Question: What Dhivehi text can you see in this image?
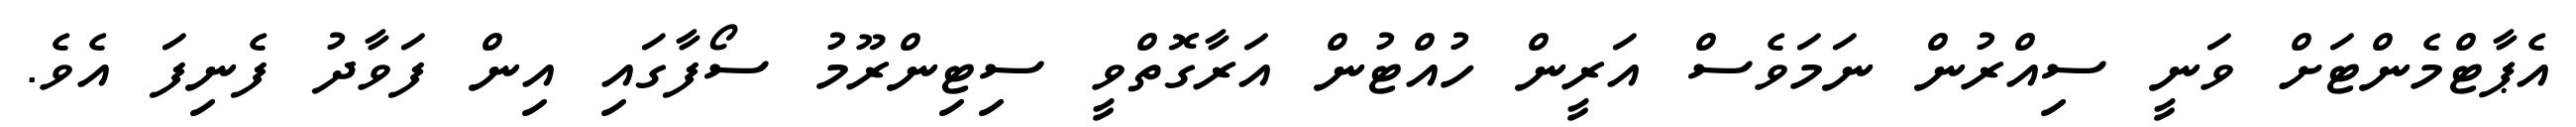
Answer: އެޕާޓްމެންޓަށް ވަނީ ސިއްރުން ނަމަވެސް އަރީން ހުއްޓުން އަރާގޮތްވީ ސިޓިންރޫމު ސޯފާގައި އިން ފަވާދު ފެނިފަ އެވެ.